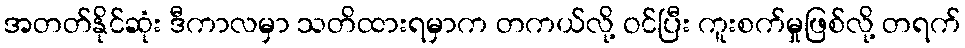
အတတ်နိုင်ဆုံး ဒီကာလမှာ သတိထားရမှာက တကယ်လို့ ဝင်ပြီး ကူးစက်မှုဖြစ်လို့ တရက်